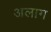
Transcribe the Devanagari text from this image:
अलाग